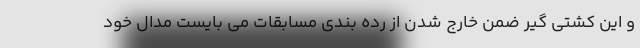
و این کشتی گیر ضمن خارج شدن از رده بندی مسابقات می بایست مدال خود